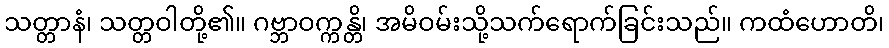
သတ္တာနံ၊ သတ္တဝါတို့၏။ ဂဗ္ဘာဝက္ကန္တိ၊ အမိဝမ်းသို့သက်ရောက်ခြင်းသည်။ ကထံဟောတိ၊